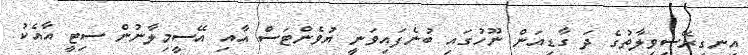
އިނގިރޭސިވިލާތުގެ ދަ ގާޑިއަން ނޫހުގައި ބުނެފައިވަނީ ޔުވެންޓަސް އާއި އޭސީމިލާނުން ސިޓީ އާއެކު